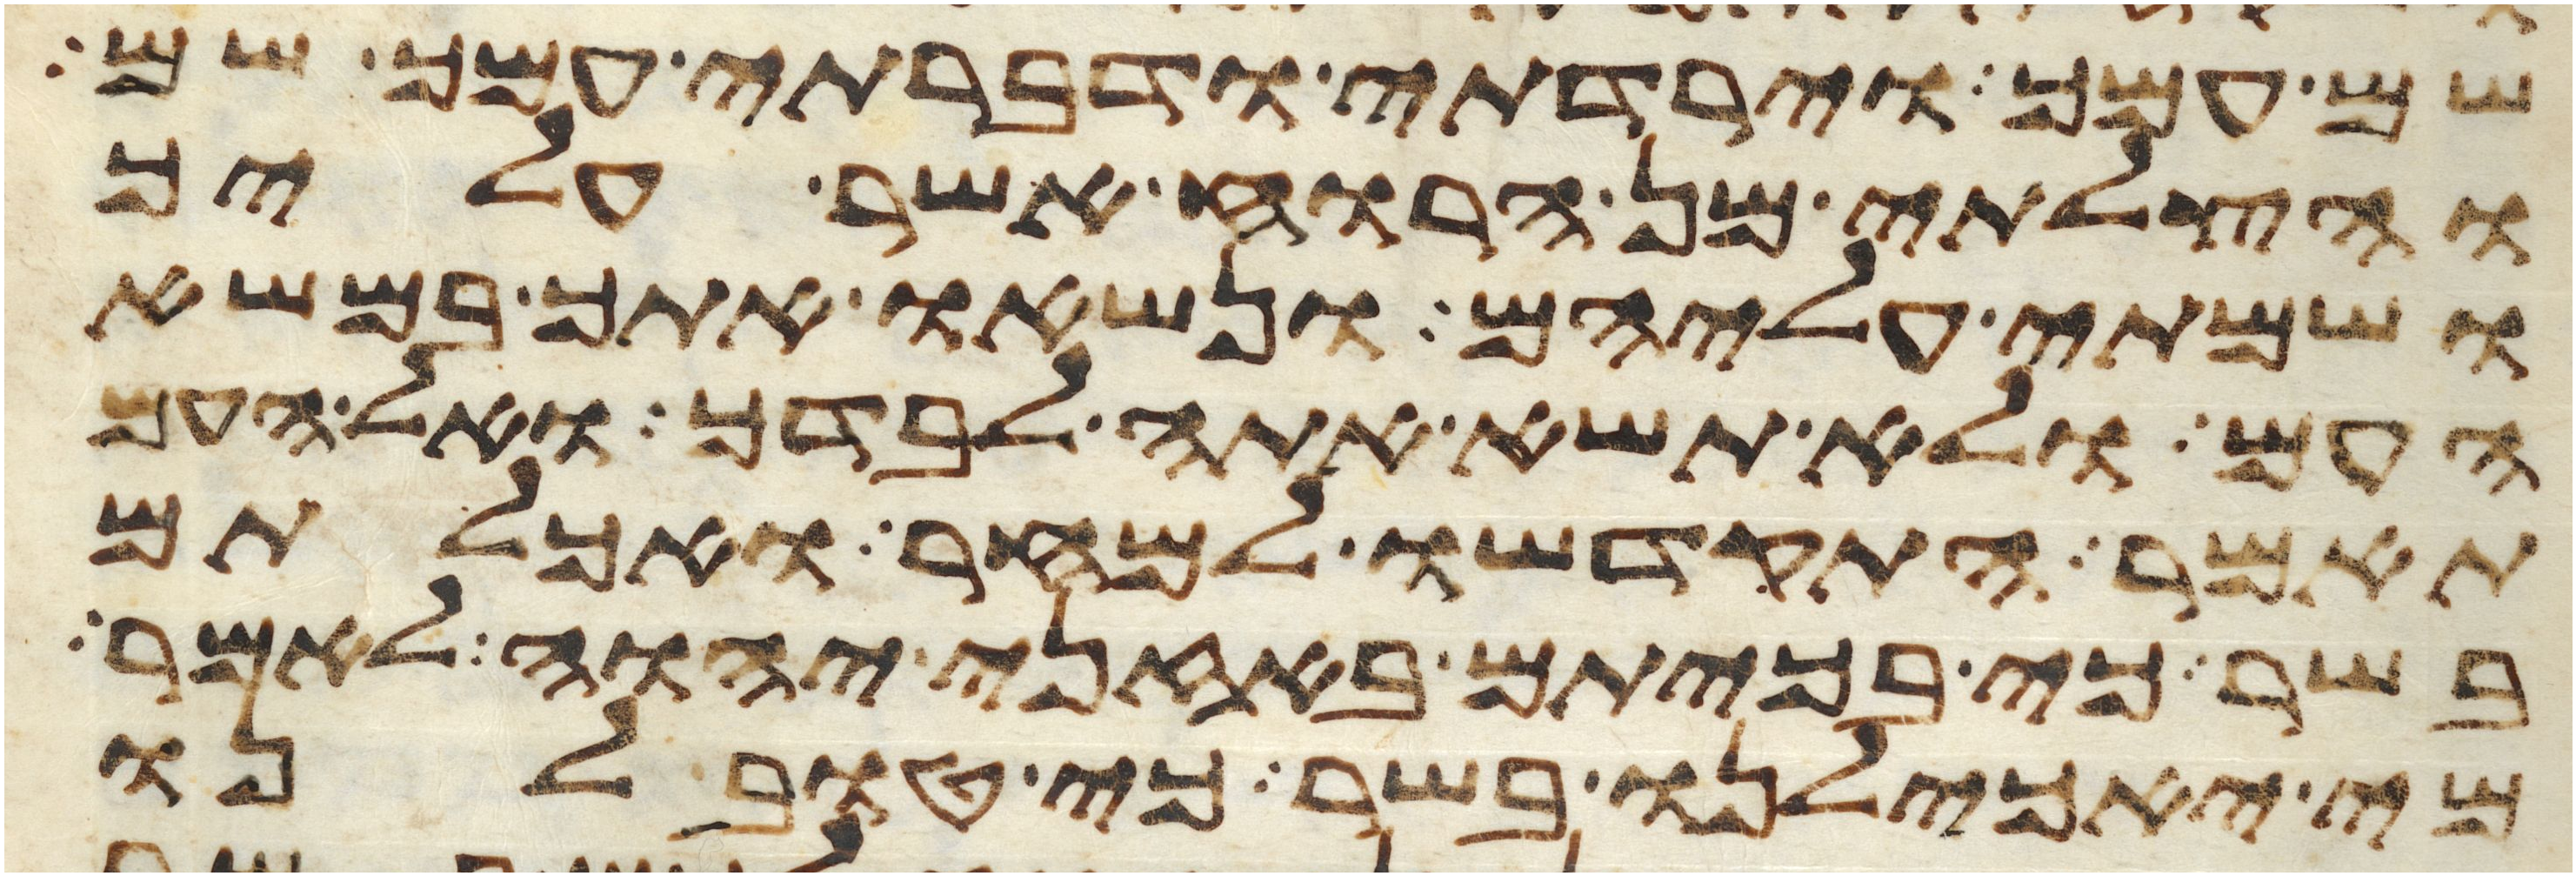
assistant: שם עמך וירדתי ודברתי עמך שם
והצלתי מן הרוח אשר עליך
ושמתי עליהם ונשאו אתך במשא
העם ולא תשא אתה לבדך ואל העם
תאמר התקדשו למחר ואכלתם
בשר כי בכיתם באזני יהוה לאמר
מי יאכילנו בשר כי טוב לנו